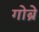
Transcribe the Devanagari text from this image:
गोब्रे